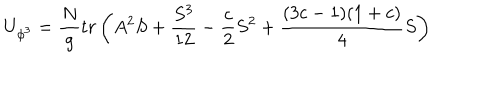
LaTeX: U _ { \phi ^ { 3 } } = { \frac { N } { g } } t r \left( A ^ { 2 } S + { \frac { S ^ { 3 } } { 1 2 } } - { \frac { c } { 2 } } S ^ { 2 } + { \frac { ( 3 c - 1 ) ( 1 + c ) } { 4 } } S \right)